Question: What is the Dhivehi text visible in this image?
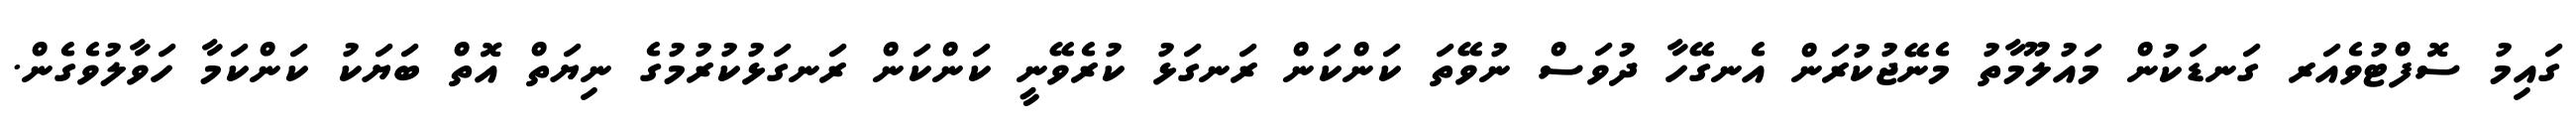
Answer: ގައިމު ސޮފްޓުވެއަރ ގަނޑަކުން މައުލޫމާތު މެނޭޖުކުރަން އެނގޭހާ ދުވަސް ނުވޭތަ ކަންކަން ރަނގަޅު ކުރެވޭނީ ކަންކަން ރަނގަޅުކުރުމުގެ ނިޔަތް އޮތް ބަޔަކު ކަންކަމާ ހަވާލުވެގެން.